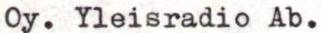
Oy. Yleisradio Ab.